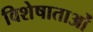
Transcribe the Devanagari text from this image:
विशेषाताओं